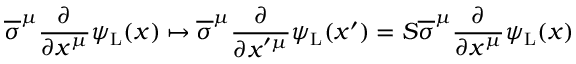
{ \overline { { \sigma } } } ^ { \mu } { \frac { \partial } { \partial x ^ { \mu } } } \psi _ { \mathrm { { L } } } ( x ) \mapsto { \overline { { \sigma } } } ^ { \mu } { \frac { \partial } { \partial x ^ { \prime \mu } } } \psi _ { \mathrm { { L } } } ( x ^ { \prime } ) = S { \overline { { \sigma } } } ^ { \mu } { \frac { \partial } { \partial x ^ { \mu } } } \psi _ { \mathrm { { L } } } ( x )